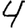
Digit: 4